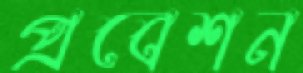
প্রবেশন